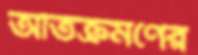
অতিক্রমণের